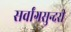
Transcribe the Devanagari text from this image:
सर्वांगसुन्दरी